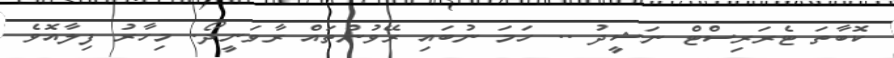
ކޮބާތަ ޓެރަރިސްޓް ނަޝީދު .. ހަމަ ނުބައި ރޭވުންތައް ރާވަނީދޯ. މިހާރު ފިލާއޮވެ